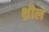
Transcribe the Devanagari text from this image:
थ्रील